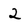
Character: 2